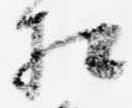
相